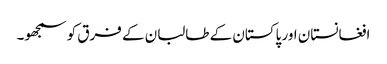
افغانستان اور پاکستان کے طالبان کے فرق کو سمجھو۔